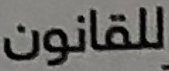
للقانون